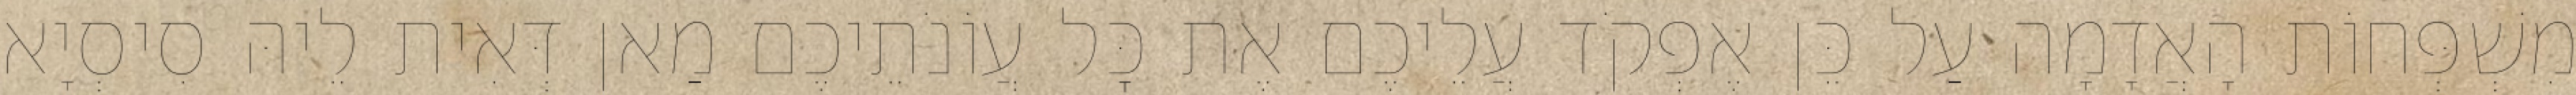
מִשְׁפְּחוֹת הָאֲדָמָה עַל כֵּן אֶפְקֹד עֲלֵיכֶם אֶת כׇּל עֲוֹנֹתֵיכֶם מַאן דְּאִית לֵיהּ סִיסְיָא